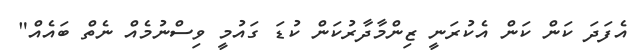
އެފަދަ ކަން ކަން އެކުރަނީ ޒިންމާދާރުކަން ކުޑަ ގައުމީ ވިސްނުމެއް ނެތް ބައެއް"